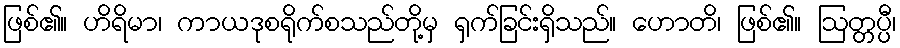
ဖြစ်၏။ ဟိရိမာ၊ ကာယဒုစရိုက်စသည်တို့မှ ရှက်ခြင်းရှိသည်။ ဟောတိ၊ ဖြစ်၏။ ဩတ္တပ္ပီ၊